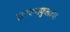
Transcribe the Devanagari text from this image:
हलक्याफुलक्या